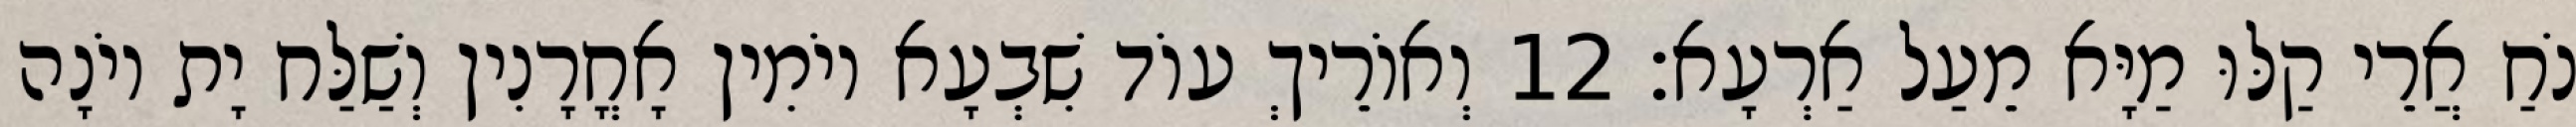
נֹחַ אֲרֵי קַלּוּ מַיָּא מֵעַל אַרְעָא׃ 12 וְאוֹרֵיךְ עוֹד שִׁבְעָא יוֹמִין אָחֳרָנִין וְשַׁלַּח יָת יוֹנָה